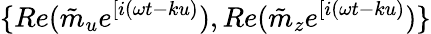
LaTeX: \{ Re(\tilde{m}_{u}e^{[i(\omega t-ku)}),Re(\tilde{m}_{z}e^{[i(\omega t-ku)})\}